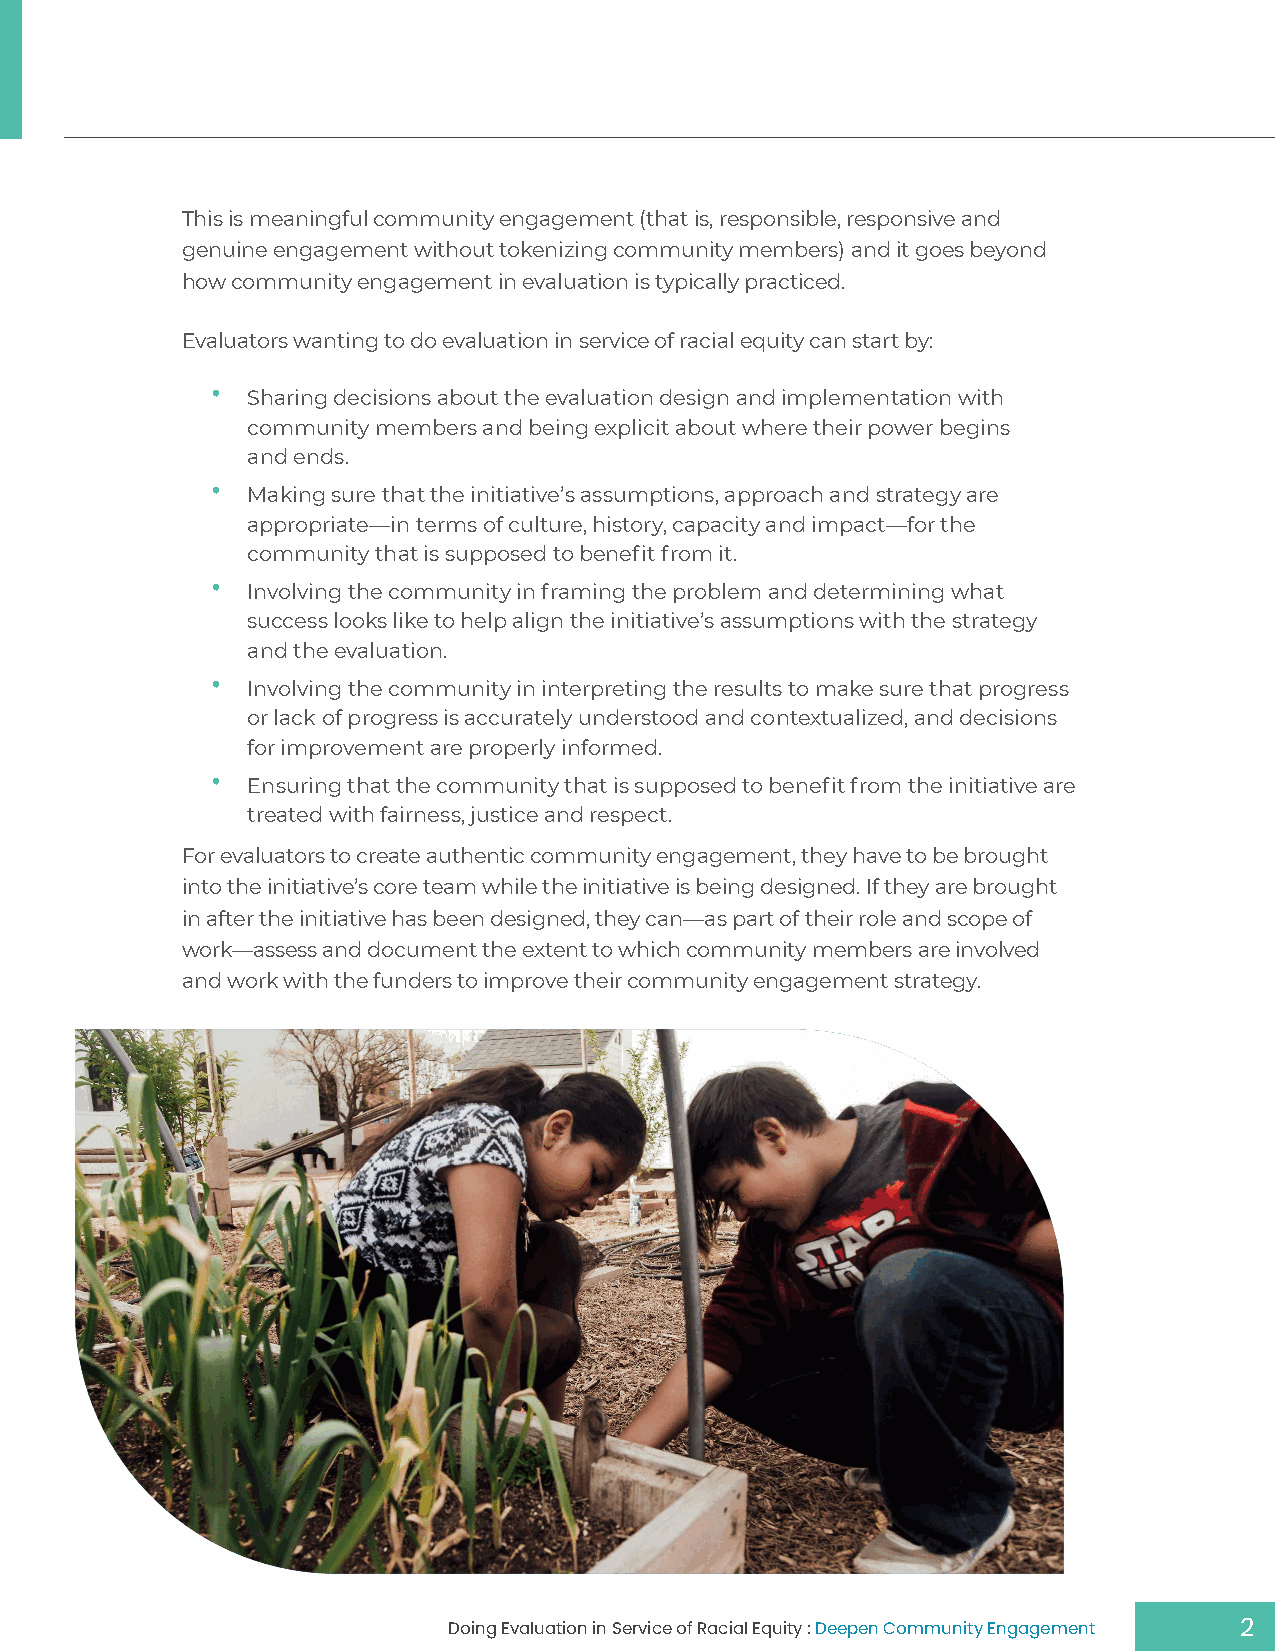
This is meaningful community engagement (that is, responsible, responsive and
 genuine engagement without tokenizing community members) and it goes beyond
 how community engagement in evaluation is typically practiced.
 Evaluators wanting to do evaluation in service of racial equity can start by:
 •
 Sharing decisions about the evaluation design and implementation with
 community members and being explicit about where their power begins
 and ends.
 •
 Making sure that the initiative’s assumptions, approach and strategy are
 appropriate—in terms of culture, history, capacity and impact—for the
 community that is supposed to benefit from it.
 •
 Involving the community in framing the problem and determining what
 success looks like to help align the initiative’s assumptions with the strategy
 and the evaluation.
 •
 Involving the community in interpreting the results to make sure that progress
 or lack of progress is accurately understood and contextualized, and decisions
 for improvement are properly informed.
 •
 Ensuring that the community that is supposed to benefit from the initiative are
 treated with fairness, justice and respect.
 For evaluators to create authentic community engagement, they have to be brought
 into the initiative’s core team while the initiative is being designed. If they are brought
 in after the initiative has been designed, they can—as part of their role and scope of
 work—assess and document the extent to which community members are involved
 and work with the funders to improve their community engagement strategy.
 Doing Evaluation in Service of Racial Equity : Deepen Community Engagement 2